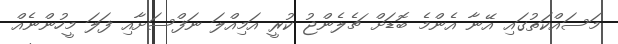
މަސައްކަތުގައި އޭނާ އެންމެ ބޮޑަށް ޗެލެންޖު ކުރީ އަމިއްލަ ނަފްސަށާއި ފަލަ މީހުންނެއް